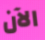
الآن